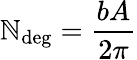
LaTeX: \mathbb{N}_{\mathrm{{deg}}}={\frac{{bA}}{{2\pi}}}